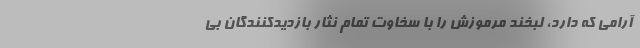
آرامی که دارد، لبخند مرموزش را با سخاوت تمام نثار بازدیدکنندگان بی